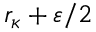
r _ { \kappa } + \varepsilon / 2